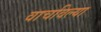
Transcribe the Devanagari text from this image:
वाचविल्या